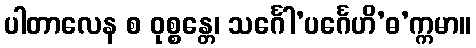
ပါတာလေန စ ဝုစ္စန္တေ၊ သင်္ဂေါ’ပင်္ဂေဟိ’ဓ’က္ကမာ။